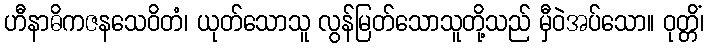
ဟီနာဓိကဇနသေဝိတံ၊ ယုတ်သောသူ လွန်မြတ်သောသူတို့သည် မှီဝဲအပ်သော။ ဝုတ္တိံ၊